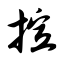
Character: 揎